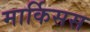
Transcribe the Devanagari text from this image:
मार्किसस